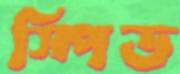
স্পিড